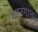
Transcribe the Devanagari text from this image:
मलनगान